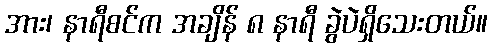
အား၊ နာရီစင်က အချိန် ၈ နာရီ ခွဲပဲရှိသေးတယ်။